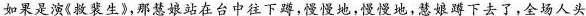
如果是演《救裴生》,那慧娘站在台中往下蹲,慢慢地，慢慢地，慧娘蹲下去了,全场人头